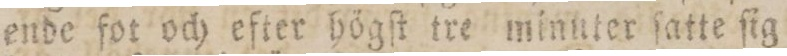
ende fot och efter högſt tre minnter ſatte ſig